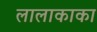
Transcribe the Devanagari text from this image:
लालाकाका